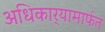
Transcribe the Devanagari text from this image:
अधिकार्‍यामार्फत